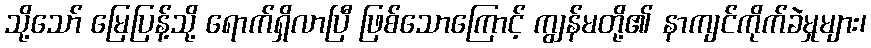
သို့သော် မြေပြန့်သို့ ရောက်ရှိလာပြီ ဖြစ်သောကြောင့် ကျွန်မတို့၏ နာကျင်ကိုက်ခဲမှုများ၊